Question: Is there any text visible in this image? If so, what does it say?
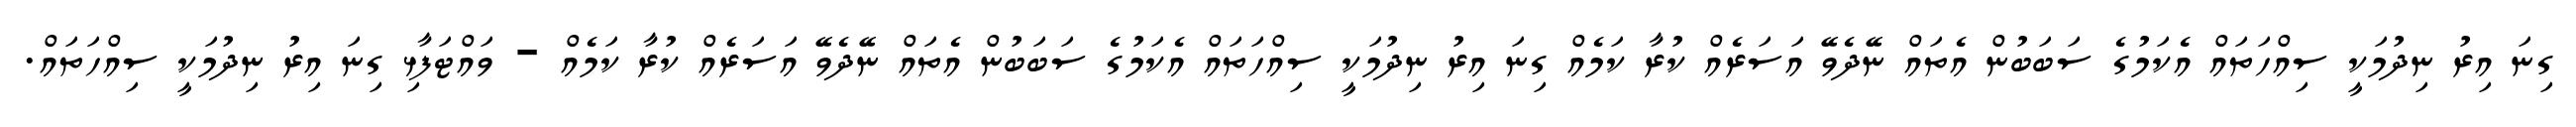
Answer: ގިނަ އިރު ނިދުމަކީ ސިއްހަތައް އެކަމުގެ ސަބަބުން އެތައް ނޭދެވޭ އަސަރެއް ކުރާ ކަމެއް ގިނަ އިރު ނިދުމަކީ ސިއްހަތައް އެކަމުގެ ސަބަބުން އެތައް ނޭދެވޭ އަސަރެއް ކުރާ ކަމެއް - ވައްޓަފާޅި ގިނަ އިރު ނިދުމަކީ ސިއްހަތައް.